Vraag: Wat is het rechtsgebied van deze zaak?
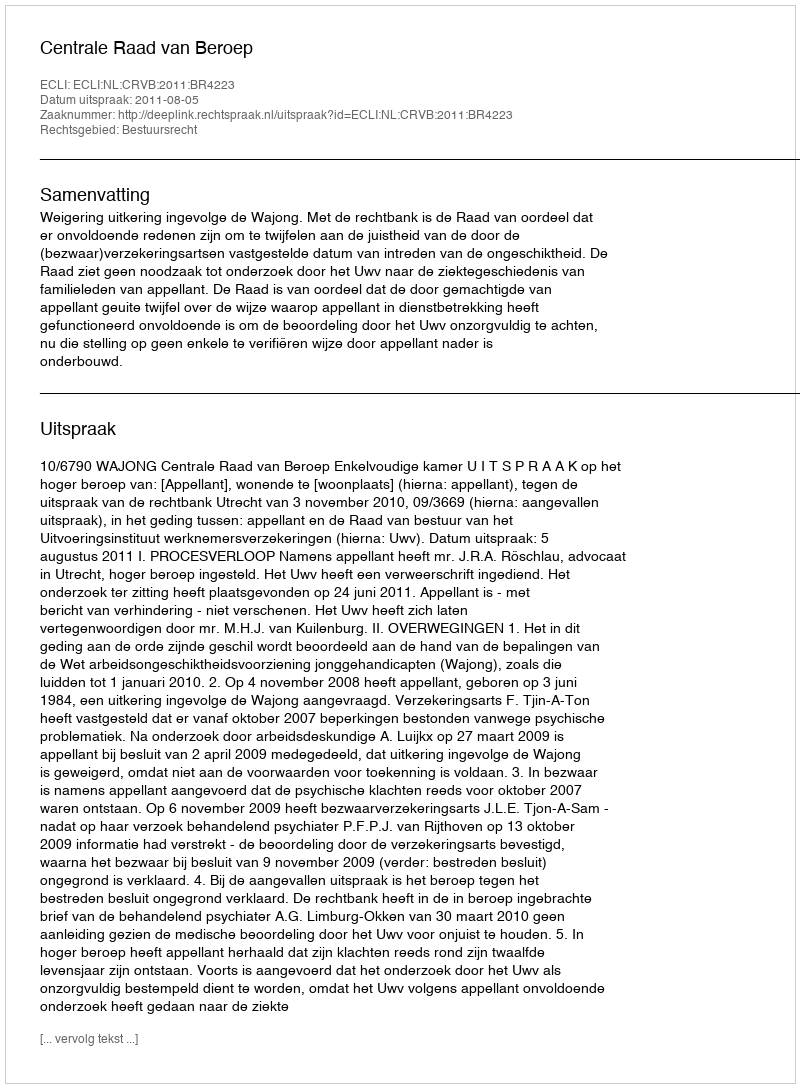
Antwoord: Bestuursrecht